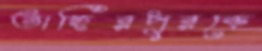
তাহিরপুরকে